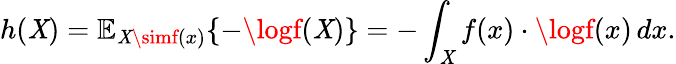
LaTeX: h(\mathit{X})=\mathbb{{E}}_{\mathit{X}\simf(x)}\{ -\logf(\mathit{X})\} =-\int_{\mathbb{{\mathit{X}}}}f(x)\cdot\logf(x)\, dx.